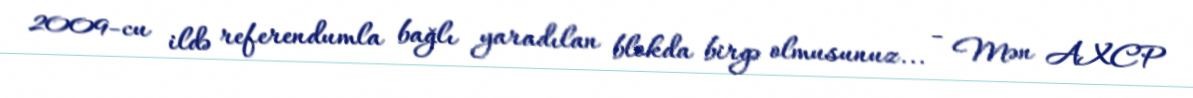
2009-cu ildə referendumla bağlı yaradılan blokda birgə olmusunuz... - Mən AXCP